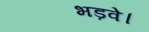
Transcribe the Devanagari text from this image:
भड़वे।